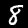
Label: 8